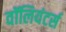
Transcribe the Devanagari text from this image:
वॉलियंटर्स